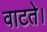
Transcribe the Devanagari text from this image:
वाटते।